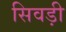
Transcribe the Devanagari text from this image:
सिवड़ी